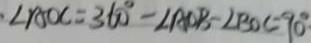
\angle A O C = 3 6 0 ^ { \circ } - \angle A O B - \angle B O C = 9 0 ^ { \circ } .